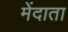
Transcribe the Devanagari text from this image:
मेंदाता